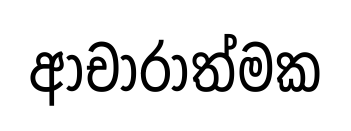
ආචාරාත්මක